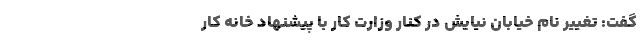
گفت: تغییر نام خیابان نیایش در کنار وزارت کار با پیشنهاد خانه کار